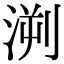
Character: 㴊